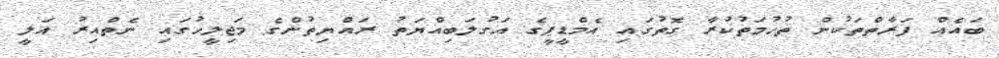
ބައެއް ފަރާތްތަކުން ތުހުމަތުކުރާ ގޮތުގައި އެމްޑީޕީގެ އަގުލަބިއްޔަތު ރައްޔިތުންގެ މަޖިލީހުގައި ނެތްއިރު އަލީ